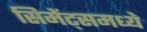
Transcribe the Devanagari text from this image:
सिमेंट्समध्ये